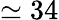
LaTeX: \simeq 34